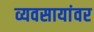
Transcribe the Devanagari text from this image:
व्यवसायांवर